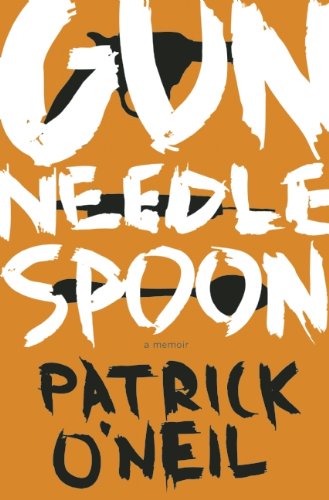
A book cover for Gun, Needle, Spoon; Patrick O'Neil; Biographies & Memoirs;